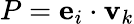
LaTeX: P={\mathbf e}_{i}\cdot{\mathbf v}_{k}